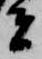
者